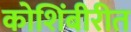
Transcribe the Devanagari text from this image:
कोशिंबीरीत